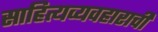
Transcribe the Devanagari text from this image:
साहित्यव्यवहाराची